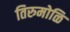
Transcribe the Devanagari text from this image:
तिरुमोळि